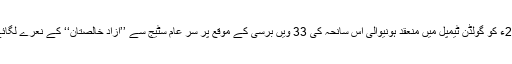
6 جون 2017ء کو گولڈن ٹیمپل میں منعقد ہونیوالی اس سانحہ کی 33 ویں برسی کے موقع پر سر عام سٹیج سے ’’آزاد خالصتان‘‘ کے نعرے لگائے گئے تھے۔